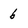
Character: 6